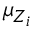
\mu _ { Z _ { i } }